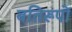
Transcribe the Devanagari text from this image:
बतिरूपों